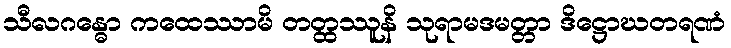
သီလဂန္ဓော ကထေဿာမိ တတ္ထဿူနိ သုရာမဒမတ္တာ ဒိဋ္ဌောဃတရဏံ